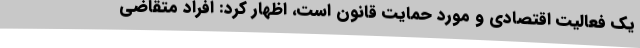
یک فعالیت اقتصادی و مورد حمایت قانون است، اظهار کرد: افراد متقاضی